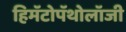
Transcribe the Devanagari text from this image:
हिमॅटोपॅथोलॉजी